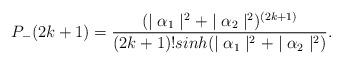
LaTeX: \begin{align*}P_{-}(2k+1)=\frac{(\mid \alpha_{1} \mid^{2}+\mid \alpha_{2} \mid^{2})^{(2k+1)}}{(2k+1)!sinh(\mid \alpha_{1} \mid^{2}+\mid \alpha_{2} \mid^{2})}.\end{align*}